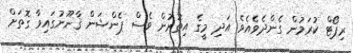
ރިޕޯޓް ކުރަމުން ގެންދެވެއެވެ. އަދި މީގެ އިތުރުން ވެސް ޕެންޝަން ޤާނޫނުގައިވާ ގޮތަށް